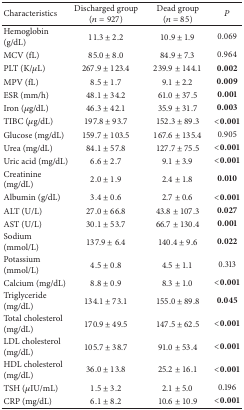
<table><thead><tr><td><b>Characteristics</b></td><td><b>Discharged group(<i>n</i> = 927)</b></td><td><b>Dead group(<i>n</i> = 85)</b></td><td><b><i>P</i></b></td></tr></thead><tbody><tr><td>Hemoglobin (g/dL)</td><td>11.3 ± 2.2</td><td>10.9 ± 1.9</td><td>0.069</td></tr><tr><td>MCV (fL)</td><td>85.0 ± 8.0</td><td>84.9 ± 7.3</td><td>0.964</td></tr><tr><td>PLT (K/<i>μ</i>L)</td><td>267.9 ± 123.4</td><td>239.9 ± 144.1</td><td><b>0.002</b></td></tr><tr><td>MPV (fL)</td><td>8.5 ± 1.7</td><td>9.1 ± 2.2</td><td><b>0.009</b></td></tr><tr><td>ESR (mm/h)</td><td>48.1 ± 34.2</td><td>61.0 ± 37.5</td><td><b>0.001</b></td></tr><tr><td>Iron (<i>μ</i>g/dL)</td><td>46.3 ± 42.1</td><td>35.9 ± 31.7</td><td><b>0.003</b></td></tr><tr><td>TIBC (<i>μ</i>g/dL)</td><td>197.8 ± 93.7</td><td>152.3 ± 89.3</td><td><b>&lt;0.001</b></td></tr><tr><td>Glucose (mg/dL)</td><td>159.7 ± 103.5</td><td>167.6 ± 135.4</td><td>0.905</td></tr><tr><td>Urea (mg/dL)</td><td>84.1 ± 57.8</td><td>127.7 ± 75.5</td><td><b>&lt;0.001</b></td></tr><tr><td>Uric acid (mg/dL)</td><td>6.6 ± 2.7</td><td>9.1 ± 3.9</td><td><b>&lt;0.001</b></td></tr><tr><td>Creatinine (mg/dL)</td><td>2.0 ± 1.9</td><td>2.4 ± 1.8</td><td><b>0.010</b></td></tr><tr><td>Albumin (g/dL)</td><td>3.4 ± 0.6</td><td>2.7 ± 0.6</td><td><b>&lt;0.001</b></td></tr><tr><td>ALT (U/L)</td><td>27.0 ± 66.8</td><td>43.8 ± 107.3</td><td><b>0.027</b></td></tr><tr><td>AST (U/L)</td><td>30.1 ± 53.7</td><td>66.7 ± 130.4</td><td><b>0.001</b></td></tr><tr><td>Sodium (mmol/L)</td><td>137.9 ± 6.4</td><td>140.4 ± 9.6</td><td><b>0.022</b></td></tr><tr><td>Potassium (mmol/L)</td><td>4.5 ± 0.8</td><td>4.5 ± 1.1</td><td>0.313</td></tr><tr><td>Calcium (mg/dL)</td><td>8.8 ± 0.9</td><td>8.3 ± 1.0</td><td><b>&lt;0.001</b></td></tr><tr><td>Triglyceride (mg/dL)</td><td>134.1 ± 73.1</td><td>155.0 ± 89.8</td><td><b>0.045</b></td></tr><tr><td>Total cholesterol (mg/dL)</td><td>170.9 ± 49.5</td><td>147.5 ± 62.5</td><td><b>&lt;0.001</b></td></tr><tr><td>LDL cholesterol (mg/dL)</td><td>105.7 ± 38.7</td><td>91.0 ± 53.4</td><td><b>&lt;0.001</b></td></tr><tr><td>HDL cholesterol (mg/dL)</td><td>36.0 ± 13.8</td><td>25.2 ± 16.1</td><td><b>&lt;0.001</b></td></tr><tr><td>TSH (<i>μ</i>IU/mL)</td><td>1.5 ± 3.2</td><td>2.1 ± 5.0</td><td>0.196</td></tr><tr><td>CRP (mg/dL)</td><td>6.1 ± 8.2</td><td>10.6 ± 10.9</td><td><b>&lt;0.001</b></td></tr></tbody></table>